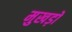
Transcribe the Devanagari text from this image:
मुखड़ों